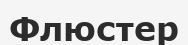
Флюстер